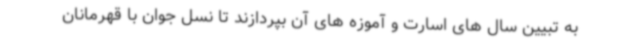
به تبیین سال های اسارت و آموزه های آن بپردازند تا نسل جوان با قهرمانان